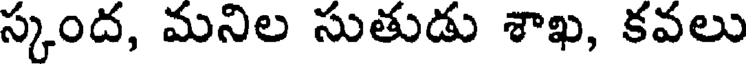
స్కంద, మనిల సుతుడు శాఖ, కవలు